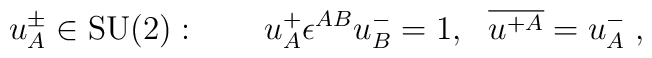
u^\pm_A \in \mbox{SU(2)}: \qquad u^+_A \epsilon^{AB} u^-_B = 1, \ \ \overline{u^{+A}} = u^-_A \;,